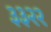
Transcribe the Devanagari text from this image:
३३२२